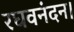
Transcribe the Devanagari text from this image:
रघवनंदन।